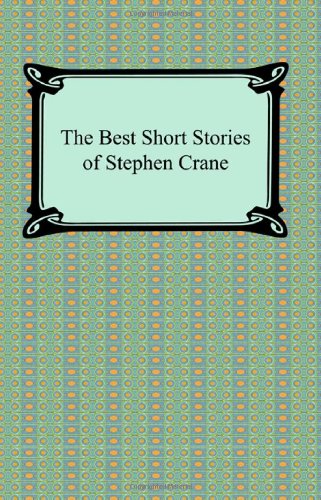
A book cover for The Best Short Stories of Stephen Crane; Stephen Crane; Literature & Fiction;